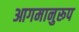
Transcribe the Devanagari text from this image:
आगमानुरूप